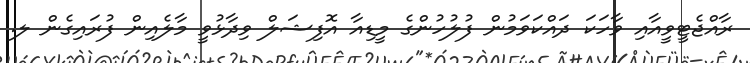
ރާއްޖެޓީވީއާއި ވާހަކަ ދައްކަވަމުން ފުލުހުންގެ މީޑިއާ އޮފިޝަލް ވިދާޅުވީ މާލެއިން ފުރައިގެން ލ.